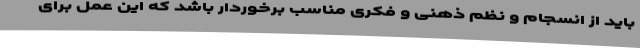
باید از انسجام و نظم ذهنی و فکری مناسب برخوردار باشد که این عمل برای